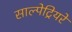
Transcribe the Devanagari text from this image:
साल्पेट्रियरे